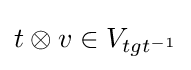
t\otimes v\in V_{tgt^{-1}}